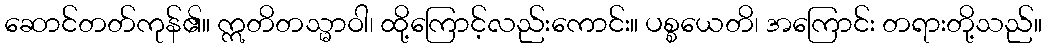
ဆောင်တတ်ကုန်၏။ ဣတိတသ္မာဝါ၊ ထို့ကြောင့်လည်းကောင်း။ ပစ္စယေတိ၊ အကြောင်း တရားတို့သည်။